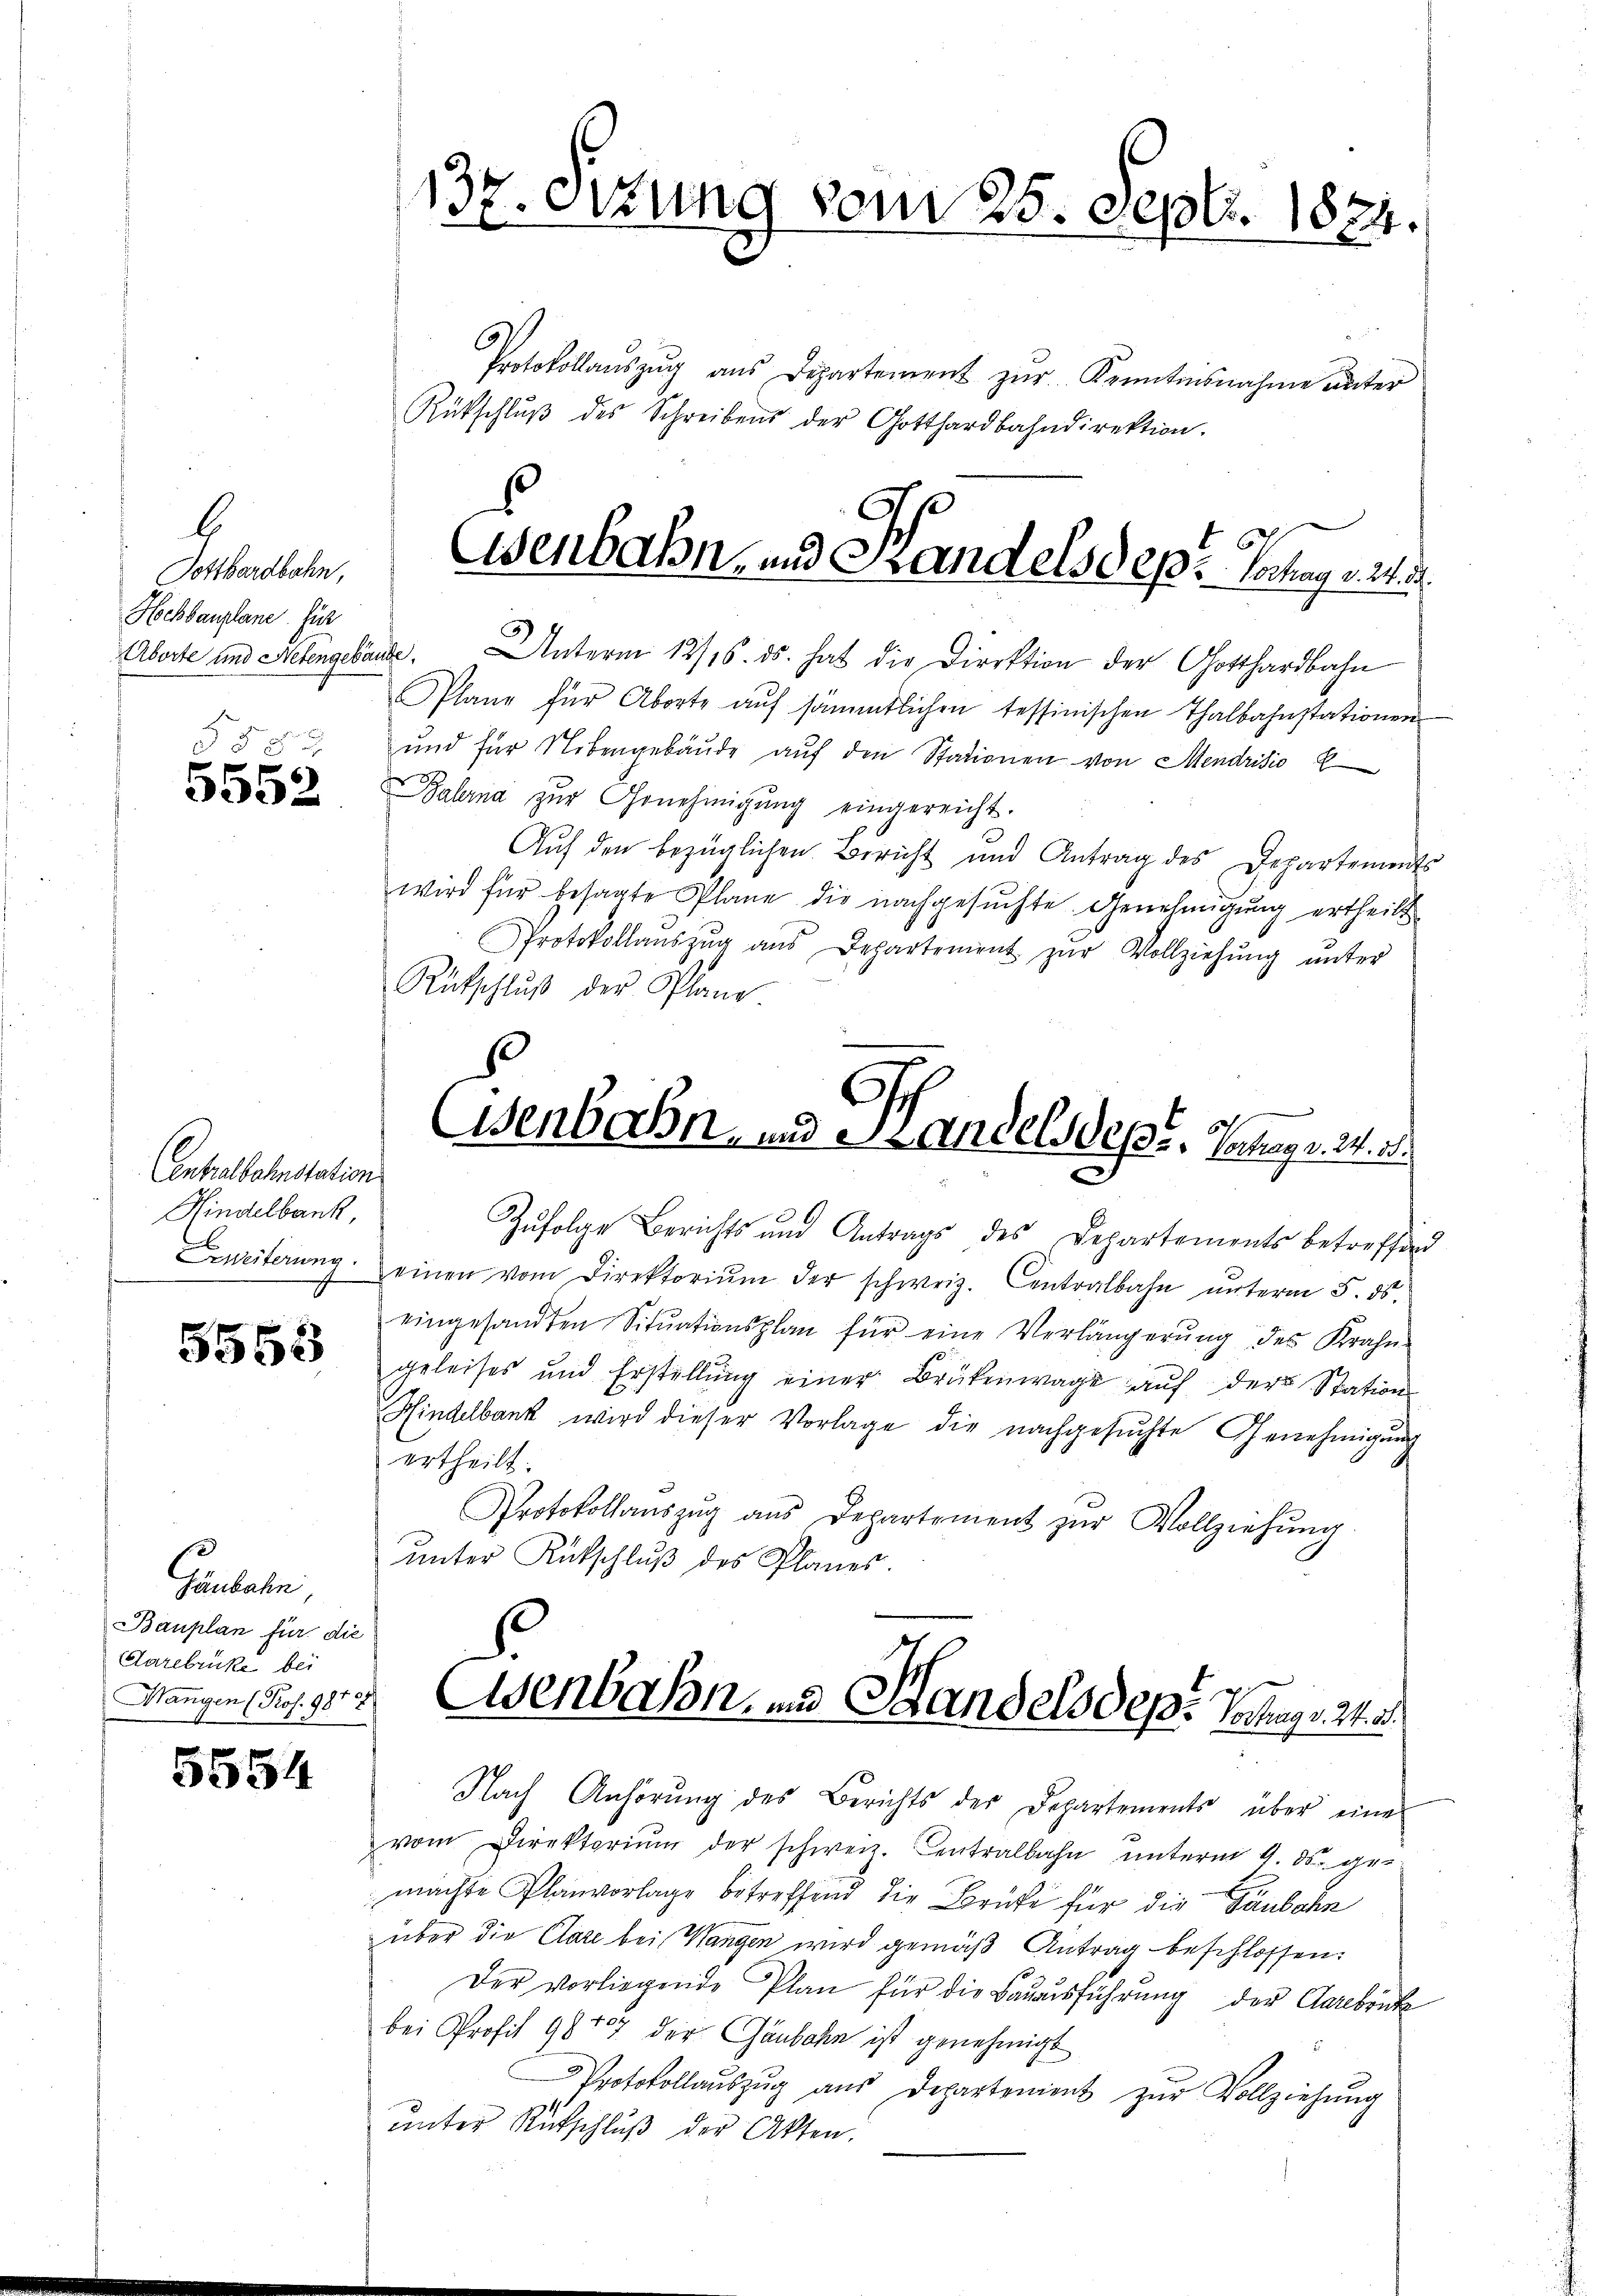
b
Potthardbahn,
Hochbauplane. Hier
§§ 8

f
5552

Centralbahnstation
Hindelbank,

5555

Gaubahn,
Bauplan für die
Carebrüke bei
Mangen (Pros. 987

5554

Protokollaŭszŭg ans Departement zŭr Kenntnisnahme unter
Rütschlŭβ des Schreibens der Gotthardbahndirektion.
Aborte und Helengebäude. Unterm 12/16. ds. hat die Direktion der Gotthardbahn
Plane für Aborte aŭf sämmtlichen tessinischen Thalbahnstationen
und für Nebengebäŭde aŭf den Stationen von Mendrisio
Balerna zŭr Genehmigŭng eingereicht.
Auf den bezüglichen Bericht und Antrag des Departements
wird für besagte Plane die nachgesŭchte Genehmigŭng ertheilt
Protokollaŭszŭg ans Departement zŭr Vollziehŭng ŭnter
n
Rütschluß der Plane.
Zufolge Berichts und Antrags des Departements betreffend
Erweiterung einen vom Direktoriŭm der schweiz. Centralbahn ŭnterm 5. ds.
eingesandten Situationsplan für eine Verlängerung des Kraf
geleises und Erstellŭng einer Brükenwage aŭf der Station
Hindelbank wird dieser Vorlage die nachgesŭchte Genehmigŭng
G
ertheilt.
Protokollaŭszŭg ans Departement zŭr Vollziehŭng.
unter Entschluß des Planes.
Eisenbahn, und Handelsdepr Vorge u
Nach Anhörung des Berichts der Departements über eine
vom Direktoriŭm der schweiz. Centralbahn ŭnterm 9. ds. ge
machte Planvorlage betreffend die Berufe für die Taubahn
über die Clare bei Wangen wird gemäß Antrag beschlossen:
Der vorliegende Plan für die Bauausführung der Carebrüke
bei Profil 98157 der Gänbahn ist genehmigt
Protokollaŭszŭg aŭs Departement zŭr Vollziehŭng
unter Rückschluß der Akten.

137. Sitzung vom 25. Sept. 1824.

Esenbahn- und Handelsdepr. Tag ert

Eisenbahn und Handel Pepi, Vaterger 24 s.